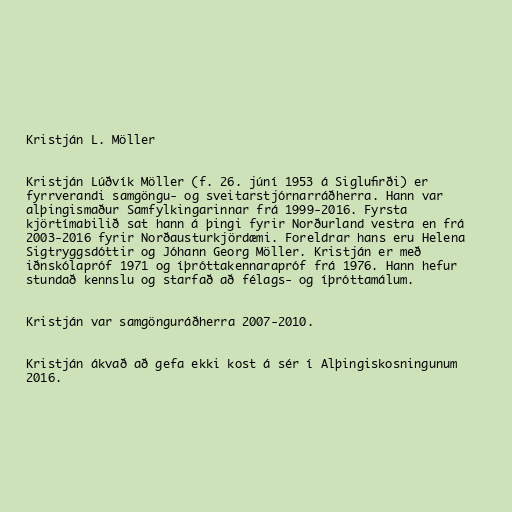
Kristján L. Möller

Kristján Lúðvík Möller (f. 26. júní 1953 á Siglufirði) er
fyrrverandi samgöngu- og sveitarstjórnarráðherra. Hann var
alþingismaður Samfylkingarinnar frá 1999-2016. Fyrsta
kjörtímabilið sat hann á þingi fyrir Norðurland vestra en frá
2003-2016 fyrir Norðausturkjördæmi. Foreldrar hans eru Helena
Sigtryggsdóttir og Jóhann Georg Möller. Kristján er með
iðnskólapróf 1971 og íþróttakennarapróf frá 1976. Hann hefur
stundað kennslu og starfað að félags- og íþróttamálum.

Kristján var samgönguráðherra 2007-2010.

Kristján ákvað að gefa ekki kost á sér í Alþingiskosningunum
2016.